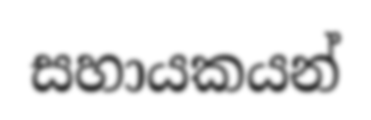
සහායකයන්